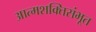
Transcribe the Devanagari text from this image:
आत्मशक्तिसंभूत